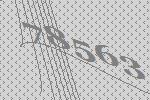
78563